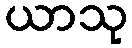
ယာသု